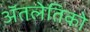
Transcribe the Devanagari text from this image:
ॲतलेतिको